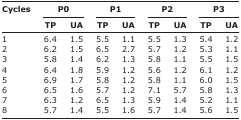
<table><thead><tr><td rowspan="3"><b>Cycles</b></td><td colspan="2"><b>P0</b></td><td colspan="2"><b>P1</b></td><td colspan="2"><b>P2</b></td><td colspan="2"><b>P3</b></td></tr><tr><td><b>TP</b></td><td><b>UA</b></td><td><b>TP</b></td><td><b>UA</b></td><td><b>TP</b></td><td><b>UA</b></td><td><b>TP</b></td><td><b>UA</b></td></tr></thead><tbody><tr><td>1</td><td>6.4</td><td>1.5</td><td>5.5</td><td>1.1</td><td>5.5</td><td>1.3</td><td>5.4</td><td>1.2</td></tr><tr><td>2</td><td>6.2</td><td>1.5</td><td>6.5</td><td>2.7</td><td>5.7</td><td>1.2</td><td>5.3</td><td>1.1</td></tr><tr><td>3</td><td>5.8</td><td>1.4</td><td>6.2</td><td>1.3</td><td>5.8</td><td>1.1</td><td>5.5</td><td>1.5</td></tr><tr><td>4</td><td>6.4</td><td>1.8</td><td>5.9</td><td>1.2</td><td>5.6</td><td>1.2</td><td>6.1</td><td>1.2</td></tr><tr><td>5</td><td>6.9</td><td>1.7</td><td>5.8</td><td>1.2</td><td>5.8</td><td>1.1</td><td>6.0</td><td>1.5</td></tr><tr><td>6</td><td>6.5</td><td>1.6</td><td>5.7</td><td>1.2</td><td>7.1</td><td>5.7</td><td>5.8</td><td>1.3</td></tr><tr><td>7</td><td>6.3</td><td>1.2</td><td>6.5</td><td>1.3</td><td>5.9</td><td>1.4</td><td>5.2</td><td>1.1</td></tr><tr><td>8</td><td>5.7</td><td>1.4</td><td>5.5</td><td>1.6</td><td>5.7</td><td>1.4</td><td>5.6</td><td>1.5</td></tr></tbody></table>